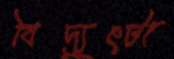
বিদ্যুৎটা